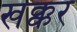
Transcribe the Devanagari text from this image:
खक्कर